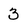
Character: 3